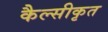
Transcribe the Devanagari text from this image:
कैल्सीकृत